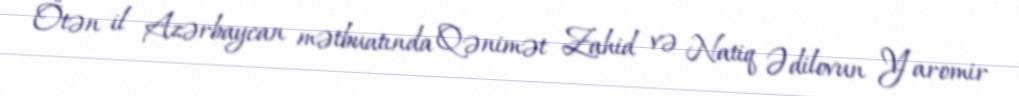
Ötən il Azərbaycan mətbuatında Qənimət Zahid və Natiq Ədilovun Yaromir